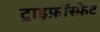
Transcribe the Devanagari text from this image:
ट्राइफ़ॉस्फ़ेट